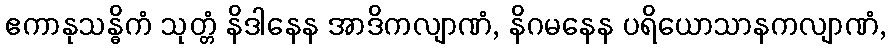
ဧကာနုသန္ဓိကံ သုတ္တံ နိဒါနေန အာဒိကလျာဏံ, နိဂမနေန ပရိယောသာနကလျာဏံ,